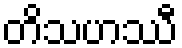
တိသဟဿီ